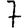
Digit: 7